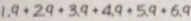
1 . 9 + 2 . 9 + 3 . 9 + 4 . 9 + 5 . 9 + 6 . 9